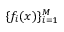
\{ f _ { i } ( x ) \} _ { i = 1 } ^ { M }